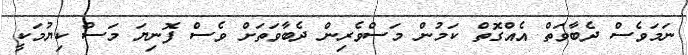
ނަމަވެސް ދެބާވަތް އެއްގޮތް ކަމުން މަސްވެރިން ދެބާވަތަށް ވެސް ފޮނިޔަ މަސް ކިޔުމަކީ